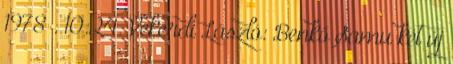
1978 . 10:24. Vekerdi László: Benkő Samu két új